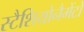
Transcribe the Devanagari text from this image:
स्टैशियोनैमेंटो